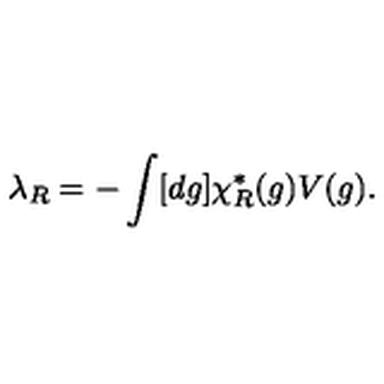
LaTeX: \lambda _ { R } = - \int [ d g ] \chi _ { R } ^ { * } ( g ) V ( g ) .